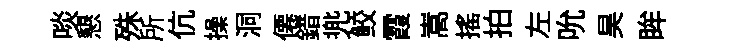
啖懇殊所伉操洞僊錯兠鲛霞嵩摇拍左吮昊眸